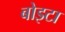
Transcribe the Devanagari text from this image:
बोइटा